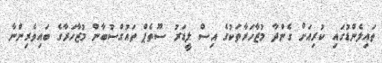
ތައިލެންޑުގައި ކުރިއަށް ގެންދާ މުޒާހަރާތަކުގެ އިސް ލީޑަރު ސޫތެޕް ތައުގްސުބާން މުޒާހަރާގެ ބައިވެރިންނާ